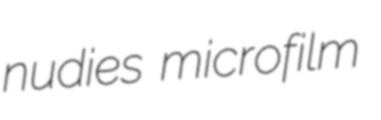
nudies microfilm